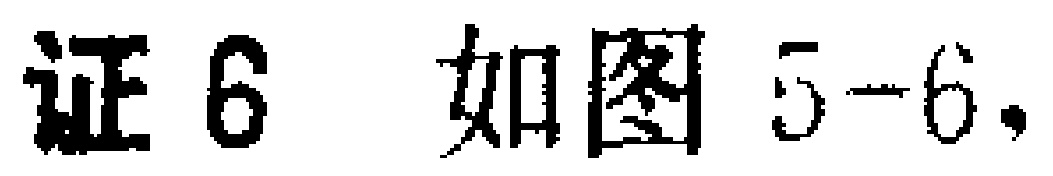
证6 如图5-6，